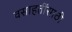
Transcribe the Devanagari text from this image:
वसाहतींसाठी